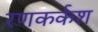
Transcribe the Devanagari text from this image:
रणकर्कश